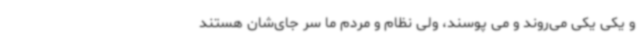
و یکی یکی می‌روند و می پوسند، ولی نظام و مردم ما سر جای‌شان هستند